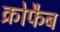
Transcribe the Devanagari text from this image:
क्रोफैब